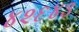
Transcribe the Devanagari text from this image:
४२६४३